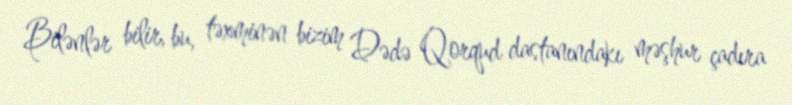
Bilənlər bilir, bu, təxminən bizim Dədə Qorqud dastanındakı məşhur çadıra